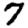
Digit: 7